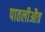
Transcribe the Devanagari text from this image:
पातलीऔत्र